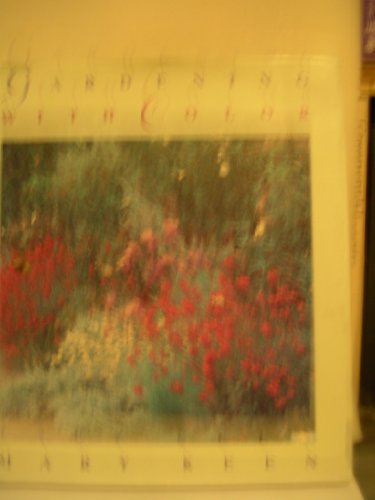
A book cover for Gardening with Color; Mary Keen; Crafts, Hobbies & Home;